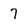
Character: 7